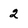
Character: 2